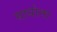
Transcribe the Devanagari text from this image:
सायोना